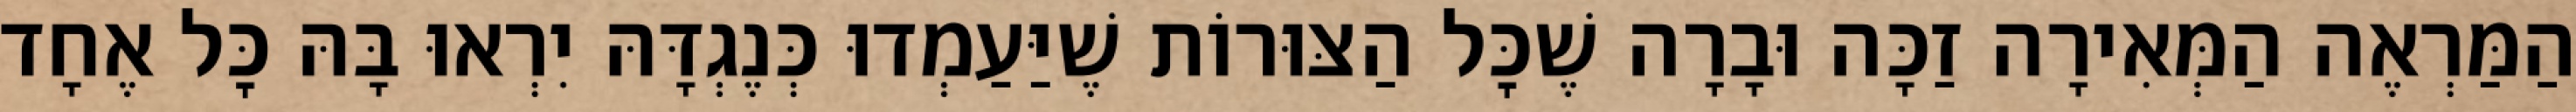
הַמַּרְאֶה הַמְּאִירָה זַכָּה וּבָרָה שֶׁכׇּל הַצּוּרוֹת שֶׁיַּעַמְדוּ כְּנֶגְדָּהּ יִרְאוּ בָּהּ כׇּל אֶחָד